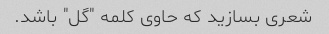
شعری بسازید که حاوی کلمه "گل" باشد.